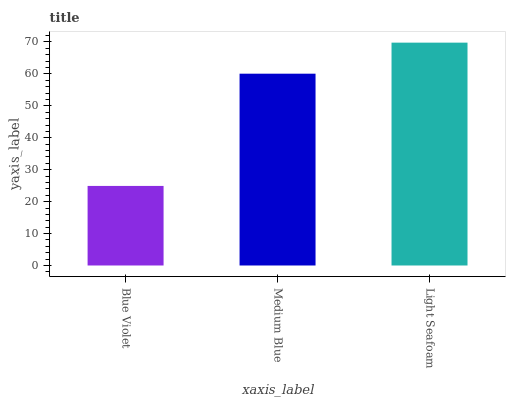
| xaxis_label | bars |
 | --- | --- |
 | Blue Violet | 24.9 |
 | Medium Blue | 60.1 |
 | Light Seafoam | 69.8 |